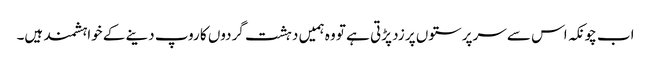
اب چونکہ اس سے سرپرستوں پر زد پڑتی ہے تو وہ ہمیں دہشت گردوں کا روپ دینے کے خواہشمند ہیں۔